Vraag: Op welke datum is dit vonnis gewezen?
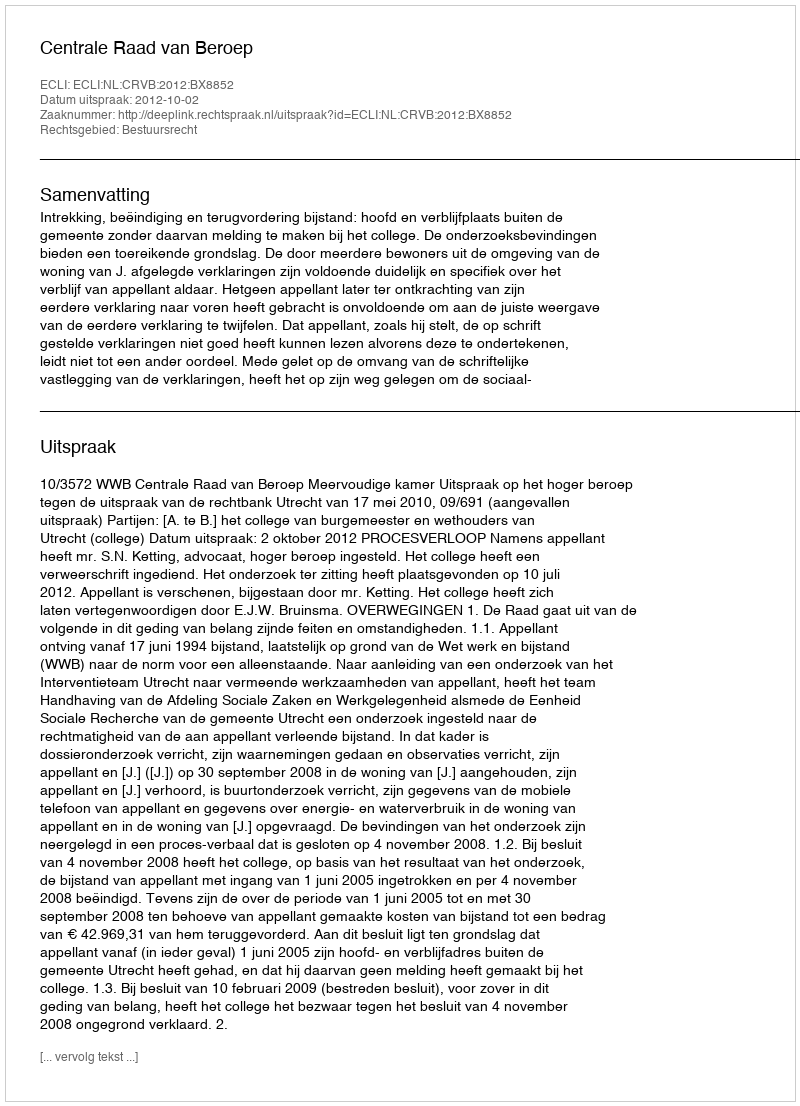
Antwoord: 2012-10-02